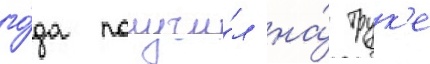
го́да получи́л на́ трук'е